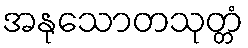
အနုသောတသုတ္တံ